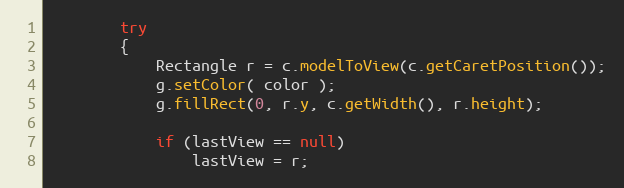
Language: Java
		try
		{
			Rectangle r = c.modelToView(c.getCaretPosition());
			g.setColor( color );
			g.fillRect(0, r.y, c.getWidth(), r.height);

			if (lastView == null)
				lastView = r;